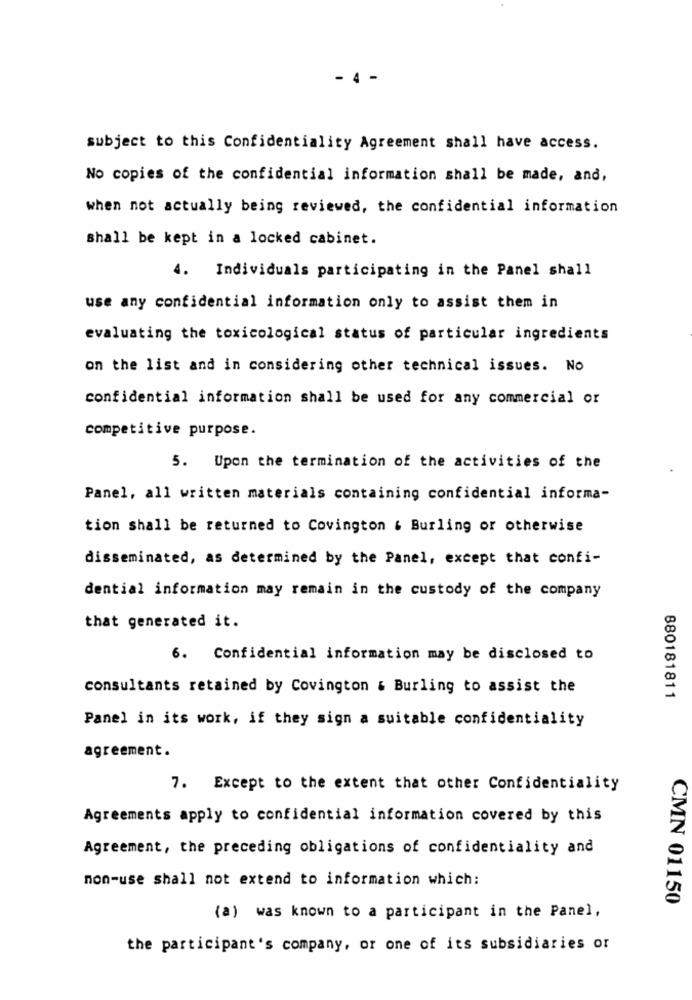
- 4 -
subject to this Confidentiality Agreement shall have access.
No copies of the confidential information shall be made, and,
when not actually being reviewed, the confidential information
shall be kept in a locked cabinet.
4.
Individuals participating in the Panel shall
use any confidential information only to assist them in
evaluating the toxicological status of particular ingredients
on the list and in considering other technical issues. No
confidential information shall be used for any commercial or
competitive purpose.
5. Upon the termination of the activities of the
Panel, all written materials containing confidential informa-
tion shall be returned to Covington & Burling or otherwise
disseminated, as determined by the Panel, except that confi-
dential information may remain in the custody of the company
that generated it.
6.
Confidential information may be disclosed to
consultants retained by Covington & Burling to assist the
880181811
Panel in its work, if they sign a suitable confidentiality
agreement.
7. Except to the extent that other Confidentiality
Agreements apply to confidential information covered by this
Agreement, the preceding obligations of confidentiality and
non-use shall not extend to information which:
CMN 01150
(a) was known to a participant in the Panel,
the participant's company, or one of its subsidiaries or